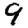
Digit: 9